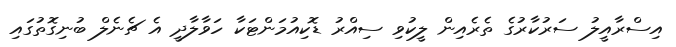
އިސްރާއީލު ސަރުކާރުގެ ތެރެއިން ލީކުވި ސިއްރު ޑޮކިއުމަންޓަކާ ހަވާލާދީ އެ ޗެނެލް ބުނިގޮތުގައި